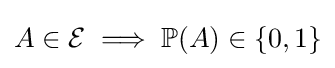
A\in {\mathcal {E}}\implies \mathbb {P} (A)\in \{0,1\}